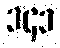
၁၄၁